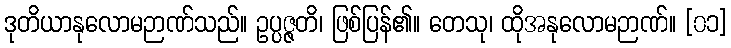
ဒုတိယာနုလောမဉာဏ်သည်။ ဥပ္ပဇ္ဇတိ၊ ဖြစ်ပြန်၏။ တေသု၊ ထိုအနုလောမဉာဏ်။ [၀၁]